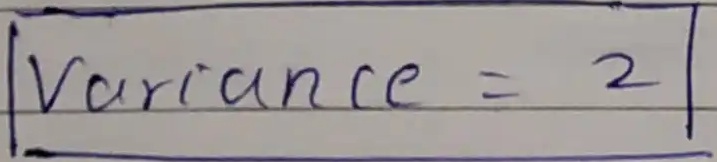
Variance = \[2\]